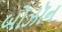
બોઝૉન